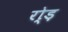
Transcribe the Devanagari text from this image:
रो्ड़